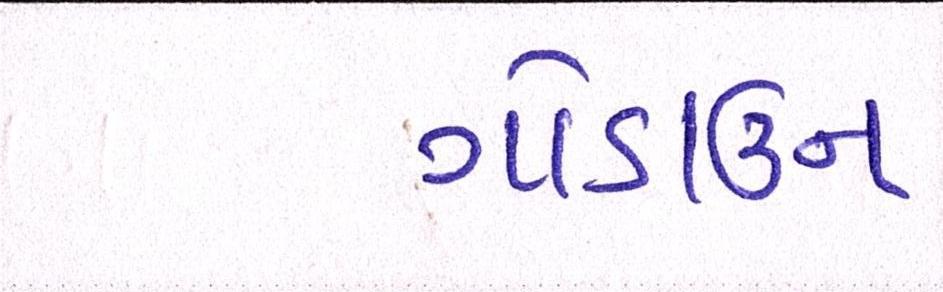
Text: ગોડાઉન